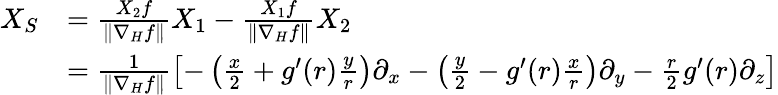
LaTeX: \begin{array}{rl}{X_{S}}&{=\frac{X_{2}f}{\| \nabla_{H}f\| }X_{1}-\frac{X_{1}f}{\| \nabla_{H}f\| }X_{2}}\\ &{=\frac{1}{\| \nabla_{H}f\| }\left[-\left(\frac{x}{2}+g^{\prime}(r)\frac{y}{r}\right)\partial_{x}-\left(\frac{y}{2}-g^{\prime}(r)\frac{x}{r}\right)\partial_{y}-\frac{r}{2}g^{\prime}(r)\partial_{z}\right]}\end{array}